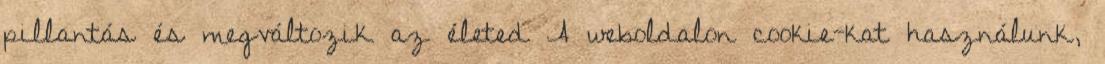
pillantás és megváltozik az életed A weboldalon cookie-kat használunk,